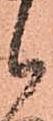
候